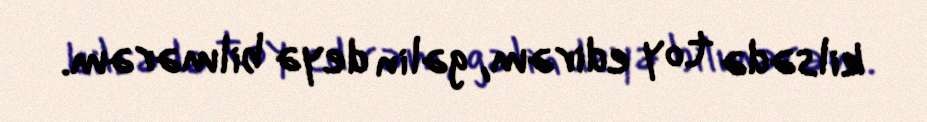
kilsədə toy edirəm, gəlin deyə bilmərəm.